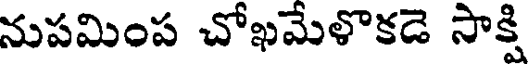
నుపమింప చోఖమేళొకడె సాక్షి